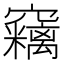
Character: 𱷠